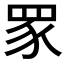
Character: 𬑔